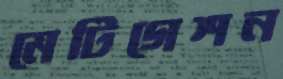
মেটিগেশন